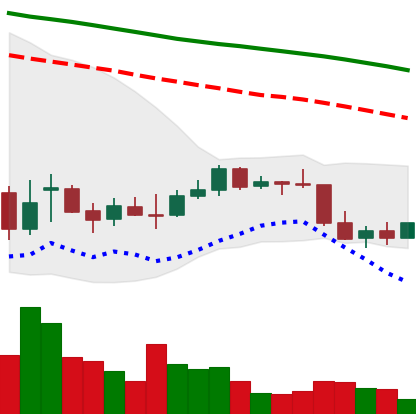
Ticker: EOS-USD
Chart end date: 2022-01-01
Forward return: -6.711%
Label: down_5_7